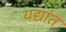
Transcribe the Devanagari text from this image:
यद्यांत